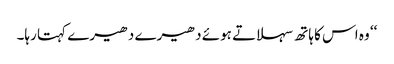
‘‘ وہ اس کا ہاتھ سہلاتے ہوئے دھیرے دھیرے کہتا رہا۔